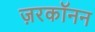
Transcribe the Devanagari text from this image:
ज़रकॉनन